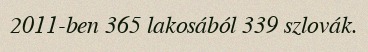
2011-ben 365 lakosából 339 szlovák.